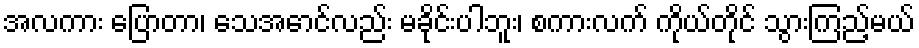
အလကား ပြောတာ၊ သေအောင်လည်း မခိုင်းပါဘူး၊ စကားလက် ကိုယ်တိုင် သွားကြည့်မယ်